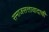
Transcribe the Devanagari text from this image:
समाजसत्तावादाची